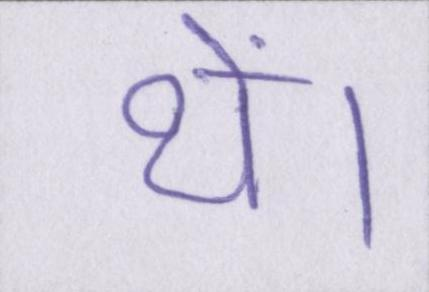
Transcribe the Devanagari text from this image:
थें।